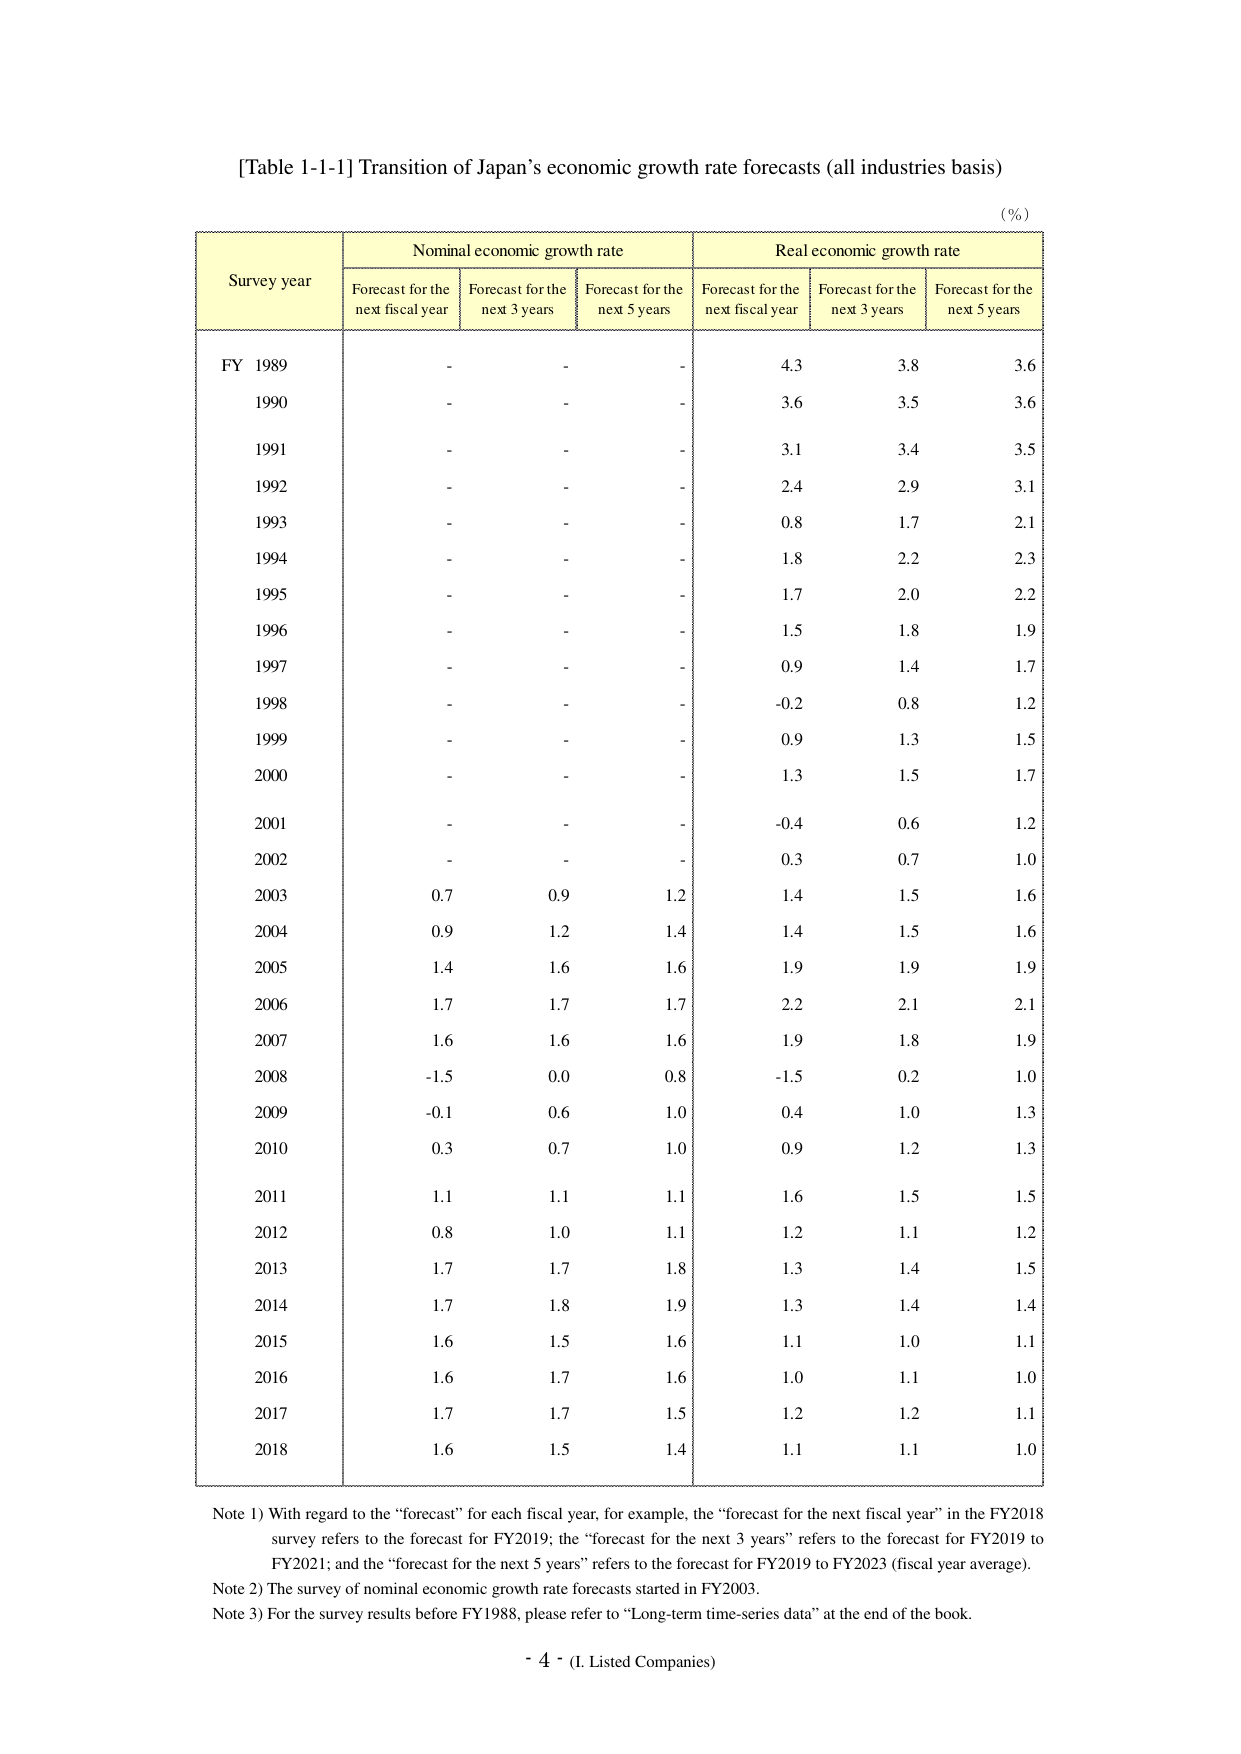
[Table 1-1-1] Transition of Japan’s economic growth rate forecasts (all industries basis)

(%)

Survey year | Nominal economic growth rate | Real economic growth rate
--- | --- | ---
 | Forecast for the next fiscal year | Forecast for the next 3 years | Forecast for the next 5 years | Forecast for the next fiscal year | Forecast for the next 3 years | Forecast for the next 5 years
FY 1989 | - | - | - | 4.3 | 3.8 | 3.6
1990 | - | - | - | 3.6 | 3.5 | 3.6
1991 | - | - | - | 3.1 | 3.4 | 3.5
1992 | - | - | - | 2.4 | 2.9 | 3.1
1993 | - | - | - | 0.8 | 1.7 | 2.1
1994 | - | - | - | 1.8 | 2.2 | 2.3
1995 | - | - | - | 1.7 | 2.0 | 2.2
1996 | - | - | - | 1.5 | 1.8 | 1.9
1997 | - | - | - | 0.9 | 1.4 | 1.7
1998 | - | - | - | -0.2 | 0.8 | 1.2
1999 | - | - | - | 0.9 | 1.3 | 1.5
2000 | - | - | - | 1.3 | 1.5 | 1.7
2001 | - | - | - | -0.4 | 0.6 | 1.2
2002 | - | - | - | 0.3 | 0.7 | 1.0
2003 | 0.7 | 0.9 | 1.2 | 1.4 | 1.5 | 1.6
2004 | 0.9 | 1.2 | 1.4 | 1.4 | 1.5 | 1.6
2005 | 1.4 | 1.6 | 1.6 | 1.9 | 1.9 | 1.9
2006 | 1.7 | 1.7 | 1.7 | 2.2 | 2.1 | 2.1
2007 | 1.6 | 1.6 | 1.6 | 1.9 | 1.8 | 1.9
2008 | -1.5 | 0.0 | 0.8 | -1.5 | 0.2 | 1.0
2009 | -0.1 | 0.6 | 1.0 | 0.4 | 1.0 | 1.3
2010 | 0.3 | 0.7 | 1.0 | 0.9 | 1.2 | 1.3
2011 | 1.1 | 1.1 | 1.1 | 1.6 | 1.5 | 1.5
2012 | 0.8 | 1.0 | 1.1 | 1.2 | 1.1 | 1.2
2013 | 1.7 | 1.7 | 1.8 | 1.3 | 1.4 | 1.5
2014 | 1.7 | 1.8 | 1.9 | 1.3 | 1.4 | 1.4
2015 | 1.6 | 1.5 | 1.6 | 1.1 | 1.0 | 1.1
2016 | 1.6 | 1.7 | 1.6 | 1.0 | 1.1 | 1.0
2017 | 1.7 | 1.7 | 1.5 | 1.2 | 1.2 | 1.1
2018 | 1.6 | 1.5 | 1.4 | 1.1 | 1.1 | 1.0

Note 1) With regard to the “forecast” for each fiscal year, for example, the “forecast for the next fiscal year” in the FY2018 survey refers to the forecast for FY2019; the “forecast for the next 3 years” refers to the forecast for FY2019 to FY2021; and the “forecast for the next 5 years” refers to the forecast for FY2019 to FY2023 (fiscal year average).

Note 2) The survey of nominal economic growth rate forecasts started in FY2003.

Note 3) For the survey results before FY1988, please refer to “Long-term time-series data” at the end of the book.

- 4 - (I. Listed Companies)